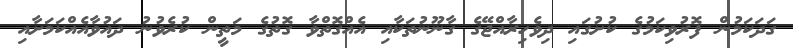
ގަދަކަމުން ފޮރުވިކަމުގެ ކުށުގައި ދިވެހިރާއްޖޭގެ ގާނޫނުތަކާއި އެއްގޮތްވާ ގޮތުގެ މަތީން ކުރެވުނު ދައުވާއެއްކަމަށާއި